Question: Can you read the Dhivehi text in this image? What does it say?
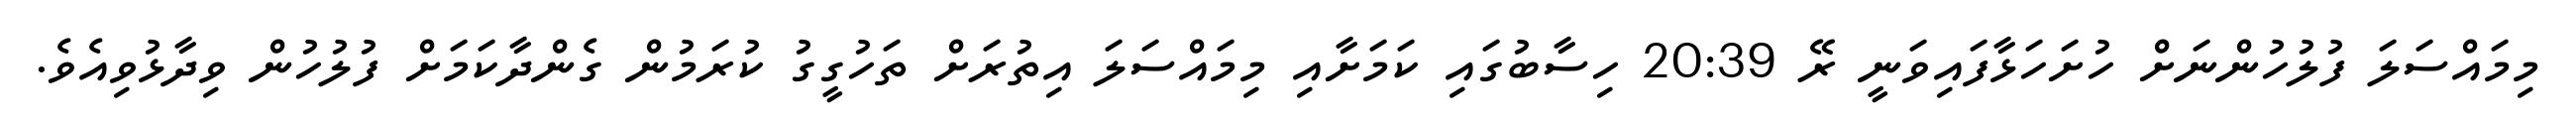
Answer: މިމައްސަލަ ފުލުހުންނަށް ހުށަހަޅާފައިވަނީ ރޭ 20:39 ހިސާބުގައި ކަމަށާއި މިމައްސަލަ އިތުރަށް ތަހުގީގު ކުރަމުން ގެންދާކަމަށް ފުލުހުން ވިދާޅުވިއެވެ.